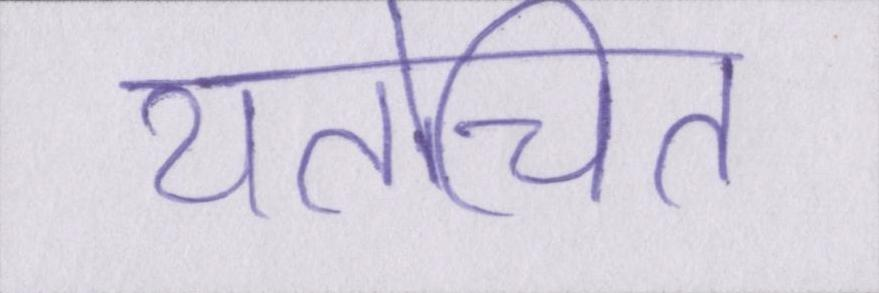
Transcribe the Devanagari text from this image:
यतोचित